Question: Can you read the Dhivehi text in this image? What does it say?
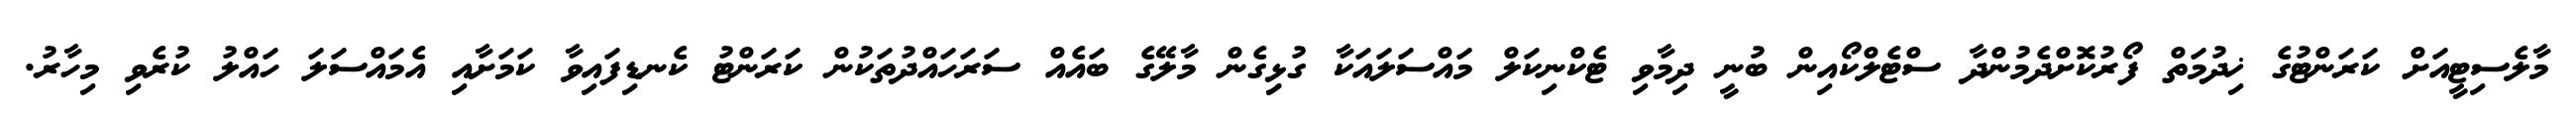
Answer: މާލެސިޓީއަށް ކަރަންޓުގެ ޚިދުމަތް ފޯރުކޮށްދެމުންދާ ސްޓެލްކޯއިން ބުނީ ދިމާވި ޓެކްނިކަލް މައްސަލައަކާ ގުޅިިގެން މާލޭގެ ބައެއް ސަރަހައްދުތަކުން ކަރަންޓު ކެނޑިފައިވާ ކަމަށާއި އެމައްސަލަ ހައްލު ކުރެވި މިހާރު.